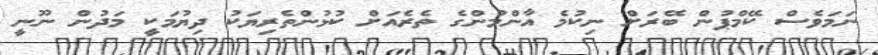
ނަމަވެސް ކޭމްޕުން ބޭރަށް ނިކުމެ އާންމުންގެ ތެރެއަށް ކުޅުންތެރިޔަކު ދިޔުމަކީ މަދުން ނޫނީ